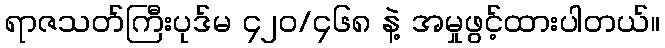
ရာဇသတ်ကြီးပုဒ်မ ၄၂၀/၄၆၈ နဲ့ အမှုဖွင့်ထားပါတယ်။